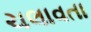
ચલાવતા